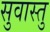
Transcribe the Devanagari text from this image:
सुवास्तु